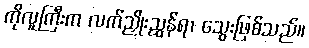
ကိုလူကြီးက လက်ညှိုးညွှန်ရာ သွေးဖြစ်သည်။